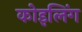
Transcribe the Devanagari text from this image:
कोइलिंग